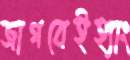
জাগবেইহ্যাং